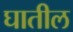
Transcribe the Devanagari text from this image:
घातील